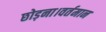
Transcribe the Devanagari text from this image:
छोड़ना।वर्तमान